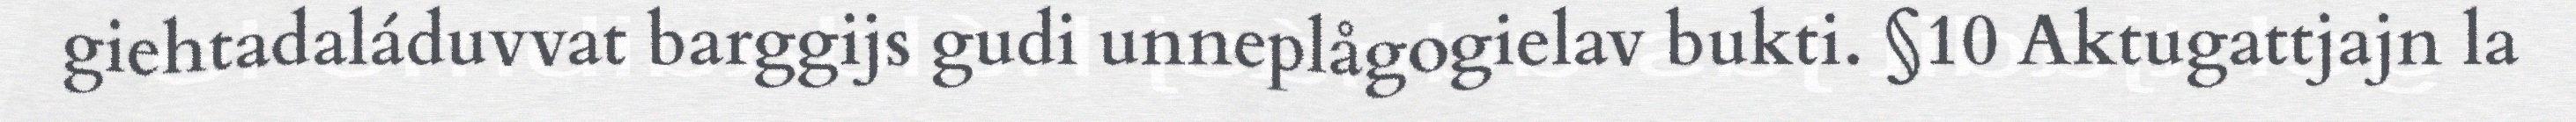
giehtadaláduvvat barggijs gudi unneplågogielav bukti. §10 Aktugattjajn la